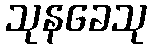
သုနခေသု